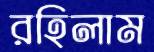
রহিলাম